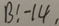
B : - 1 4 .